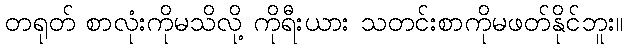
တရုတ် စာလုံးကိုမသိလို့ ကိုရီးယား သတင်းစာကိုမဖတ်နိုင်ဘူး။